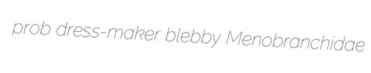
prob dress-maker blebby Menobranchidae